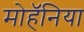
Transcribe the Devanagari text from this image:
मोहॅनिया